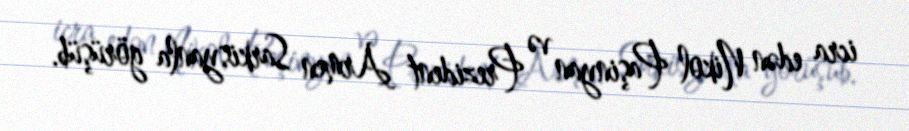
icra edən Nikol Paşinyan və Prezident Armen Sarkisyanla görüşüb.